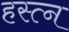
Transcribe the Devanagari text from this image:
हस्त्न